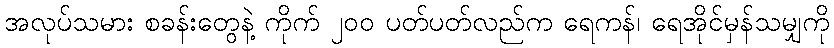
အလုပ်သမား စခန်းတွေနဲ့ ကိုက် ၂၀၀ ပတ်ပတ်လည်က ရေကန်၊ ရေအိုင်မှန်သမျှကို